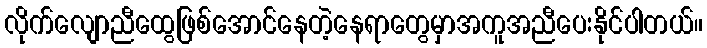
လိုက်လျောညီထွေဖြစ်အောင်နေတဲ့နေရာတွေမှာအကူအညီပေးနိုင်ပါတယ်။